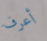
أعرف